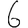
Digit: 6